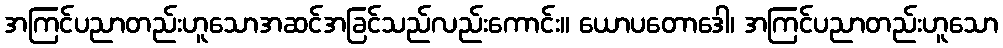
အကြင်ပညာတည်းဟူသောအဆင်အခြင်သည်လည်းကောင်း။ ယောပတောဒေါ၊ အကြင်ပညာတည်းဟူသော